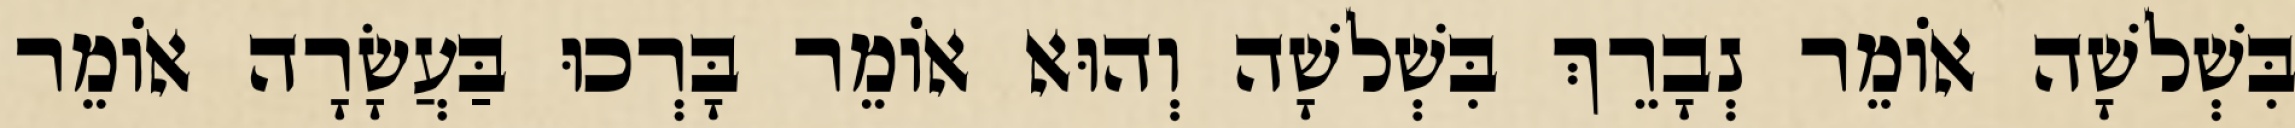
בִּשְׁלשָׁה אוֹמֵר נְבָרֵךְ בִּשְׁלשָׁה וְהוּא אוֹמֵר בָּרְכוּ בַּעֲשָׂרָה אוֹמֵר